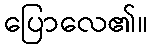
ပြောလေ၏။